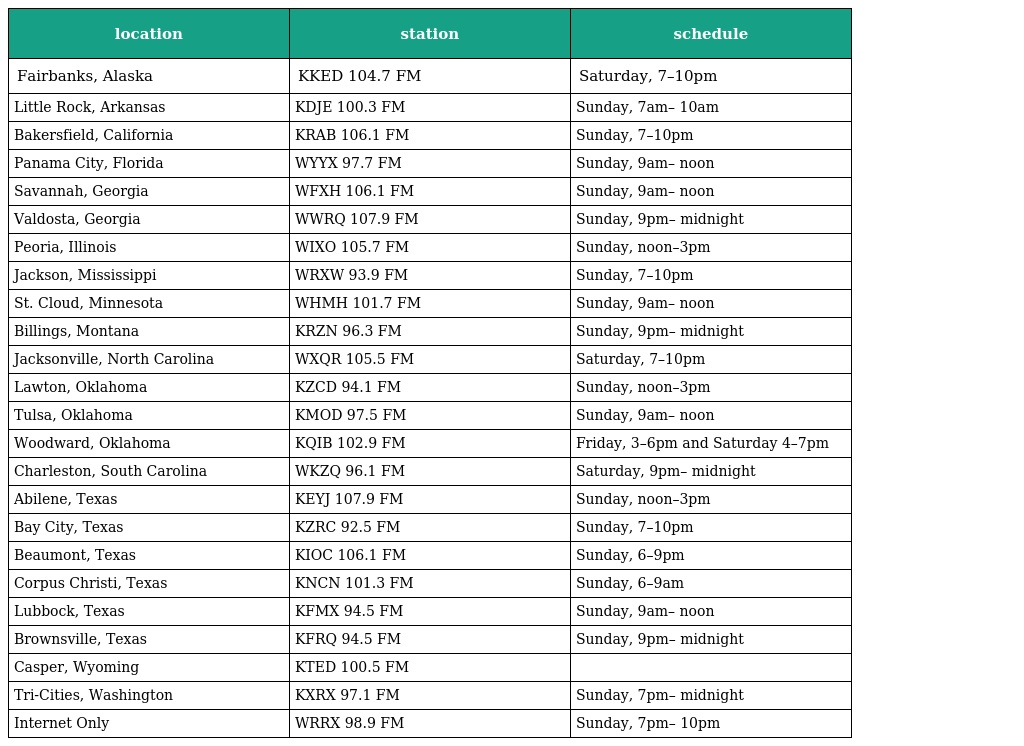
| location | station | schedule |
 | --- | --- | --- |
 | Fairbanks, Alaska | KKED 104.7 FM | Saturday, 7–10pm |
 | Little Rock, Arkansas | KDJE 100.3 FM | Sunday, 7am– 10am |
 | Bakersfield, California | KRAB 106.1 FM | Sunday, 7–10pm |
 | Panama City, Florida | WYYX 97.7 FM | Sunday, 9am– noon |
 | Savannah, Georgia | WFXH 106.1 FM | Sunday, 9am– noon |
 | Valdosta, Georgia | WWRQ 107.9 FM | Sunday, 9pm– midnight |
 | Peoria, Illinois | WIXO 105.7 FM | Sunday, noon–3pm |
 | Jackson, Mississippi | WRXW 93.9 FM | Sunday, 7–10pm |
 | St. Cloud, Minnesota | WHMH 101.7 FM | Sunday, 9am– noon |
 | Billings, Montana | KRZN 96.3 FM | Sunday, 9pm– midnight |
 | Jacksonville, North Carolina | WXQR 105.5 FM | Saturday, 7–10pm |
 | Lawton, Oklahoma | KZCD 94.1 FM | Sunday, noon–3pm |
 | Tulsa, Oklahoma | KMOD 97.5 FM | Sunday, 9am– noon |
 | Woodward, Oklahoma | KQIB 102.9 FM | Friday, 3–6pm and Saturday 4–7pm |
 | Charleston, South Carolina | WKZQ 96.1 FM | Saturday, 9pm– midnight |
 | Abilene, Texas | KEYJ 107.9 FM | Sunday, noon–3pm |
 | Bay City, Texas | KZRC 92.5 FM | Sunday, 7–10pm |
 | Beaumont, Texas | KIOC 106.1 FM | Sunday, 6–9pm |
 | Corpus Christi, Texas | KNCN 101.3 FM | Sunday, 6–9am |
 | Lubbock, Texas | KFMX 94.5 FM | Sunday, 9am– noon |
 | Brownsville, Texas | KFRQ 94.5 FM | Sunday, 9pm– midnight |
 | Casper, Wyoming | KTED 100.5 FM |  |
 | Tri-Cities, Washington | KXRX 97.1 FM | Sunday, 7pm– midnight |
 | Internet Only | WRRX 98.9 FM | Sunday, 7pm– 10pm |